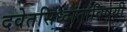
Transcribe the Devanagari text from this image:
दवेतसिध्दांताविषयी